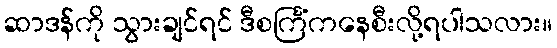
ဆာဒန်ကို သွားချင်ရင် ဒီစင်္ကြံကနေစီးလို့ရပါသလား။